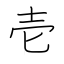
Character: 壱